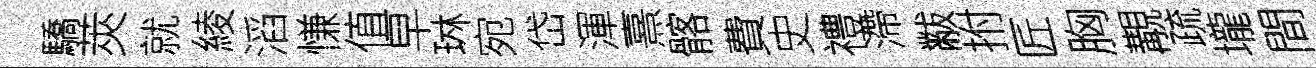
驕莢就綾滔慊值早琳宛岱渾熹髂費史禮滯黻拊匠胸覯疏壠間